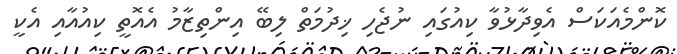
ކޮންމެއަކަސް އެވިދާޅުވާ ކިއުގައި ނުޖެހި ޚިދުމަތް ލިބޭ އިންތިޒާމު އެއޮތީ ކިއުއާއި އެކީ